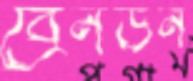
ব্রেনডন